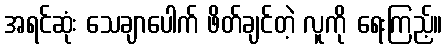
အရင်ဆုံး သေချာပေါက် ဖိတ်ချင်တဲ့ လူကို ရေးကြည့်။